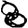
Digit: 8